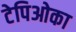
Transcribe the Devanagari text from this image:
टेपिओका